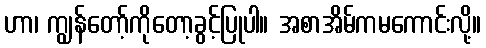
ဟာ၊ ကျွန်တော့်ကိုတော့ခွင့်ပြုပါ။ အစာအိမ်ကမကောင်းလို့။